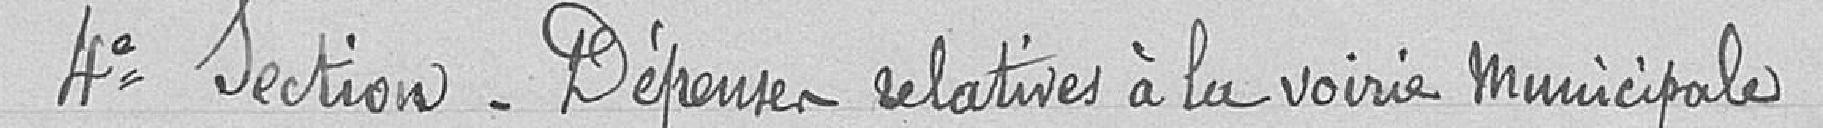
Quatrième section -Dépenses relatives à la voirie municipale